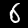
Digit: 6